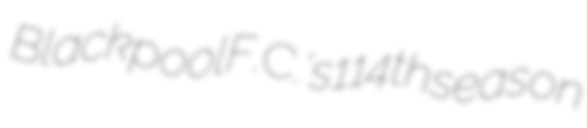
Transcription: Blackpool F.C.'s 114th season